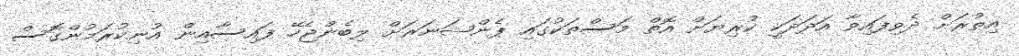
އިތުރަށް ދެވިފައިވާ އަދަދަކީ ކުރިޔަށް އޮތް މަސްތަކުގައި ޕެންޝަނަރަށް ލިބެންޖެހޭ ފައިސާއިން އުނިކުރަމުންގޮސް